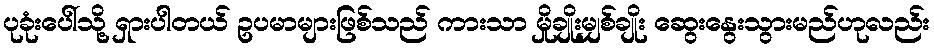
ပုခုံးပေါ်သို့ ရှားပါတယ် ဥပမာများဖြစ်သည် ကားသာ မှိုချိုးမျှစ်ချိုး ဆွေးနွေးသွားမည်ဟုလည်း